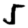
Digit: 5